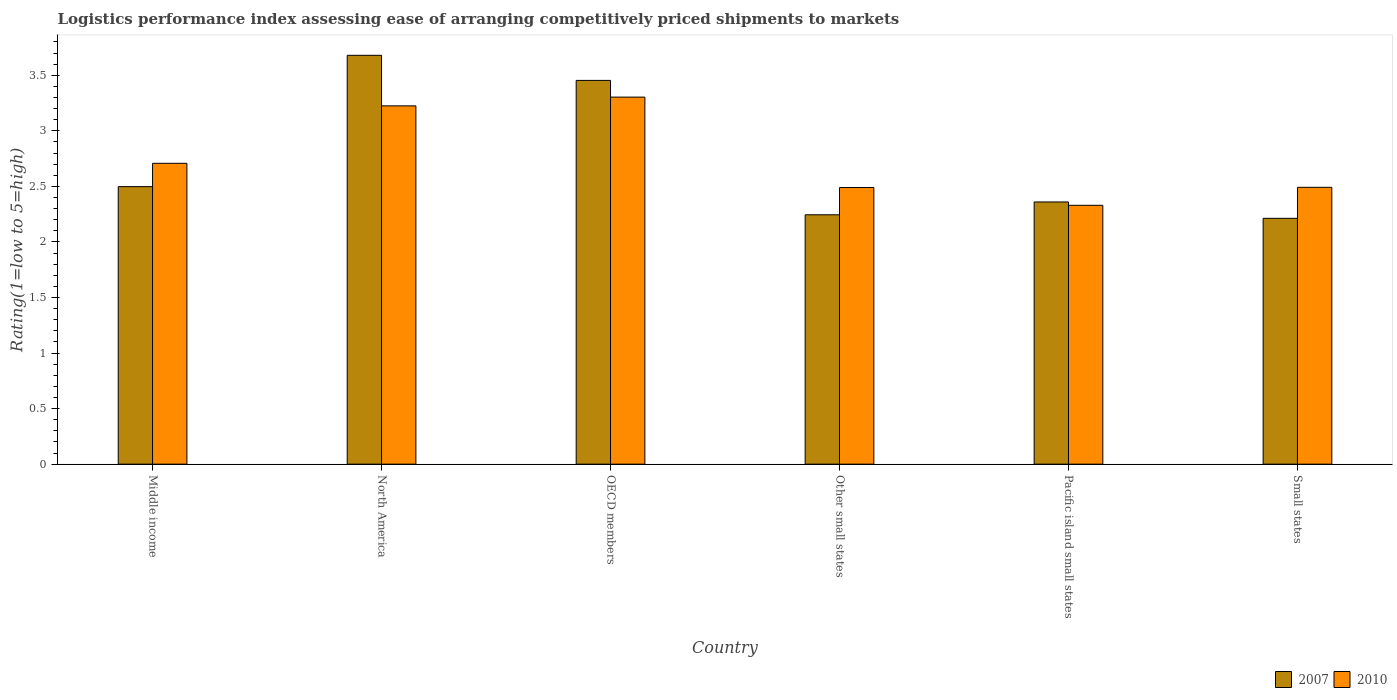
| Country | 2007 | 2010 |
 | --- | --- | --- |
 | Middle income | 2.5 | 2.71 |
 | North America | 3.68 | 3.23 |
 | OECD members | 3.45 | 3.3 |
 | Other small states | 2.24 | 2.49 |
 | Pacific island small states | 2.36 | 2.33 |
 | Small states | 2.21 | 2.49 |